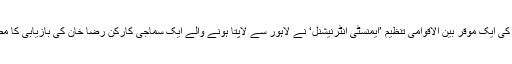
انسانی حقوق کی ایک مؤقر بین الاقوامی تنظیم ’ایمنسٹی انٹرنیشنل‘ نے لاہور سے لاپتا ہونے والے ایک سماجی کارکن رضا خان کی بازیابی کا مطالبہ کیا ہے۔